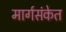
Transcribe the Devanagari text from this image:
मार्गसंकेत